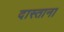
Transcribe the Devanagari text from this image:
दास्ताना